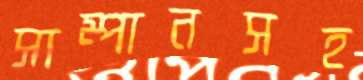
সাম্পানসহ